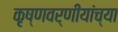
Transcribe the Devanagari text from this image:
कृष्णवर्णीयांच्या